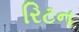
રિટન